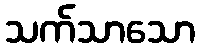
သက်သာသော